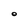
Character: O